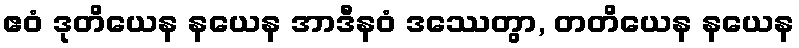
ဧဝံ ဒုတိယေန နယေန အာဒီနဝံ ဒဿေတွာ, တတိယေန နယေန